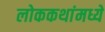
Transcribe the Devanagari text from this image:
लोककथांमध्ये